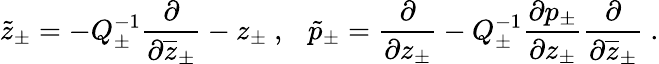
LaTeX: \tilde{z}_{\pm}=-Q_{\pm}^{-1}\displaystyle\displaystyle\frac{\partial}{\partial\overline{{{z}}}_{\pm}}-z_{\pm}~,~~~\tilde{p}_{\pm}=\displaystyle\displaystyle\frac{\partial}{\partial z_{\pm}}-Q_{\pm}^{-1}\displaystyle\frac{\partial p_{\pm}}{\partial z_{\pm}}\displaystyle\displaystyle\frac{\partial}{\partial\overline{{{z}}}_{\pm}}~.